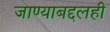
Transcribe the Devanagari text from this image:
जाण्याबद्दलही